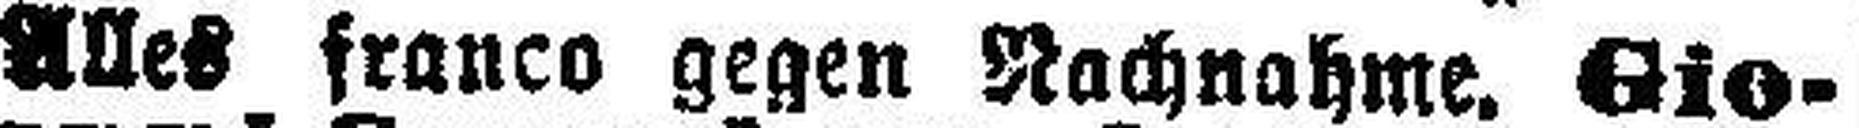
Alles franco gegen Nachnahme. Gio¬